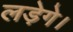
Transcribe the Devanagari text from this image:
लड़ेगे।